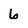
Character: 6